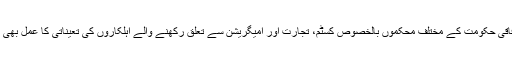
اس سلسلے میں وفاقی حکومت کے مختلف محکموں بالخصوص کسٹم، تجارت اور امیگریشن سے تعلق رکھنے والے اہلکاروں کی تعیناتی کا عمل بھی مکمل ہو چکا ہے۔